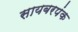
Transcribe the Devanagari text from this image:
सायबरपंक